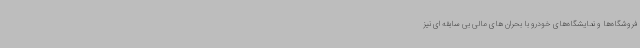
فروشگاه‌ها و نمایشگاه‌های خودرو با بحران های مالی بی سابقه ای نیز